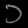
Digit: ၁